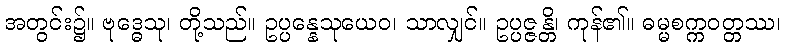
အတွင်း၌။ ဗုဒ္ဓေသု၊ တို့သည်။ ဥပ္ပန္နေသုယေဝ၊ သာလျှင်။ ဥပ္ပဇ္ဇန္တိ၊ ကုန်၏။ ဓမ္မစက္ကဝတ္တဿ၊